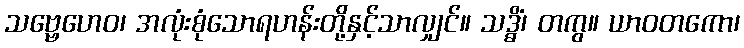
သဗ္ဗေဟေဝ၊ အလုံးစုံသောရဟန်းတို့နှင့်သာလျှင်။ သဒ္ဓိံ၊ တကွ။ ယာဝတကော၊